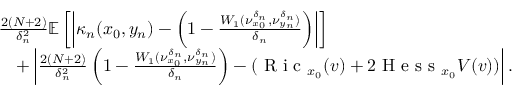
\begin{array} { r l } & { \frac { 2 ( N + 2 ) } { \delta _ { n } ^ { 2 } } \mathbb E \left[ \left| \kappa _ { n } ( x _ { 0 } , y _ { n } ) - \left( 1 - \frac { W _ { 1 } ( \nu _ { x _ { 0 } } ^ { \delta _ { n } } , \nu _ { y _ { n } } ^ { \delta _ { n } } ) } { \delta _ { n } } \right) \right| \right] } \\ & { \quad + \left| \frac { 2 ( N + 2 ) } { \delta _ { n } ^ { 2 } } \left( 1 - \frac { W _ { 1 } ( \nu _ { x _ { 0 } } ^ { \delta _ { n } } , \nu _ { y _ { n } } ^ { \delta _ { n } } ) } { \delta _ { n } } \right) - ( \textrm { R i c } _ { x _ { 0 } } ( v ) + 2 \textrm { H e s s } _ { x _ { 0 } } V ( v ) ) \right| . } \end{array}